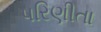
પરિણીતા